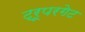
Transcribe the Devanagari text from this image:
ट्रूपरगेट